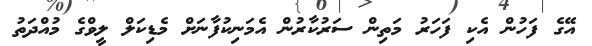
އޭގެ ފަހުން އެކި ފަހަރު މަތިން ސަރުކާރުން އެމަނިކުފާނަށް މެޑިކަލް ލީވްގެ މުއްދަތު